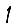
Digit: 1